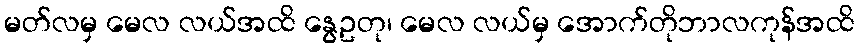
မတ်လမှ မေလ လယ်အထိ နွေဥတု၊ မေလ လယ်မှ အောက်တိုဘာလကုန်အထိ